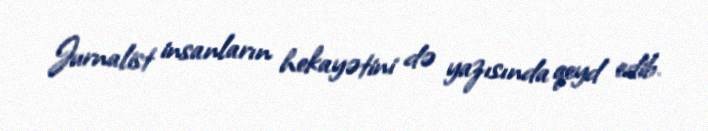
Jurnalist insanların hekayətini də yazısında qeyd edib.